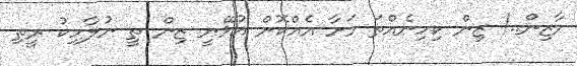
މާޒިން..! ޒިން ކިހިނެއްތަ މަށާ އެއްކޮށް އުޅޭނީ ޒިން ތީ ނުލާހިކު ރީތި